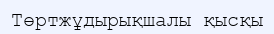
Төртжұдырықшалы қысқы